画像に写った文字を読んでください
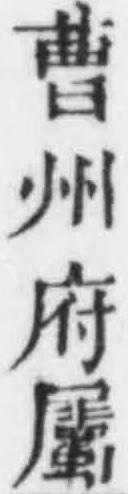
「曹州府屬」と書いてあります